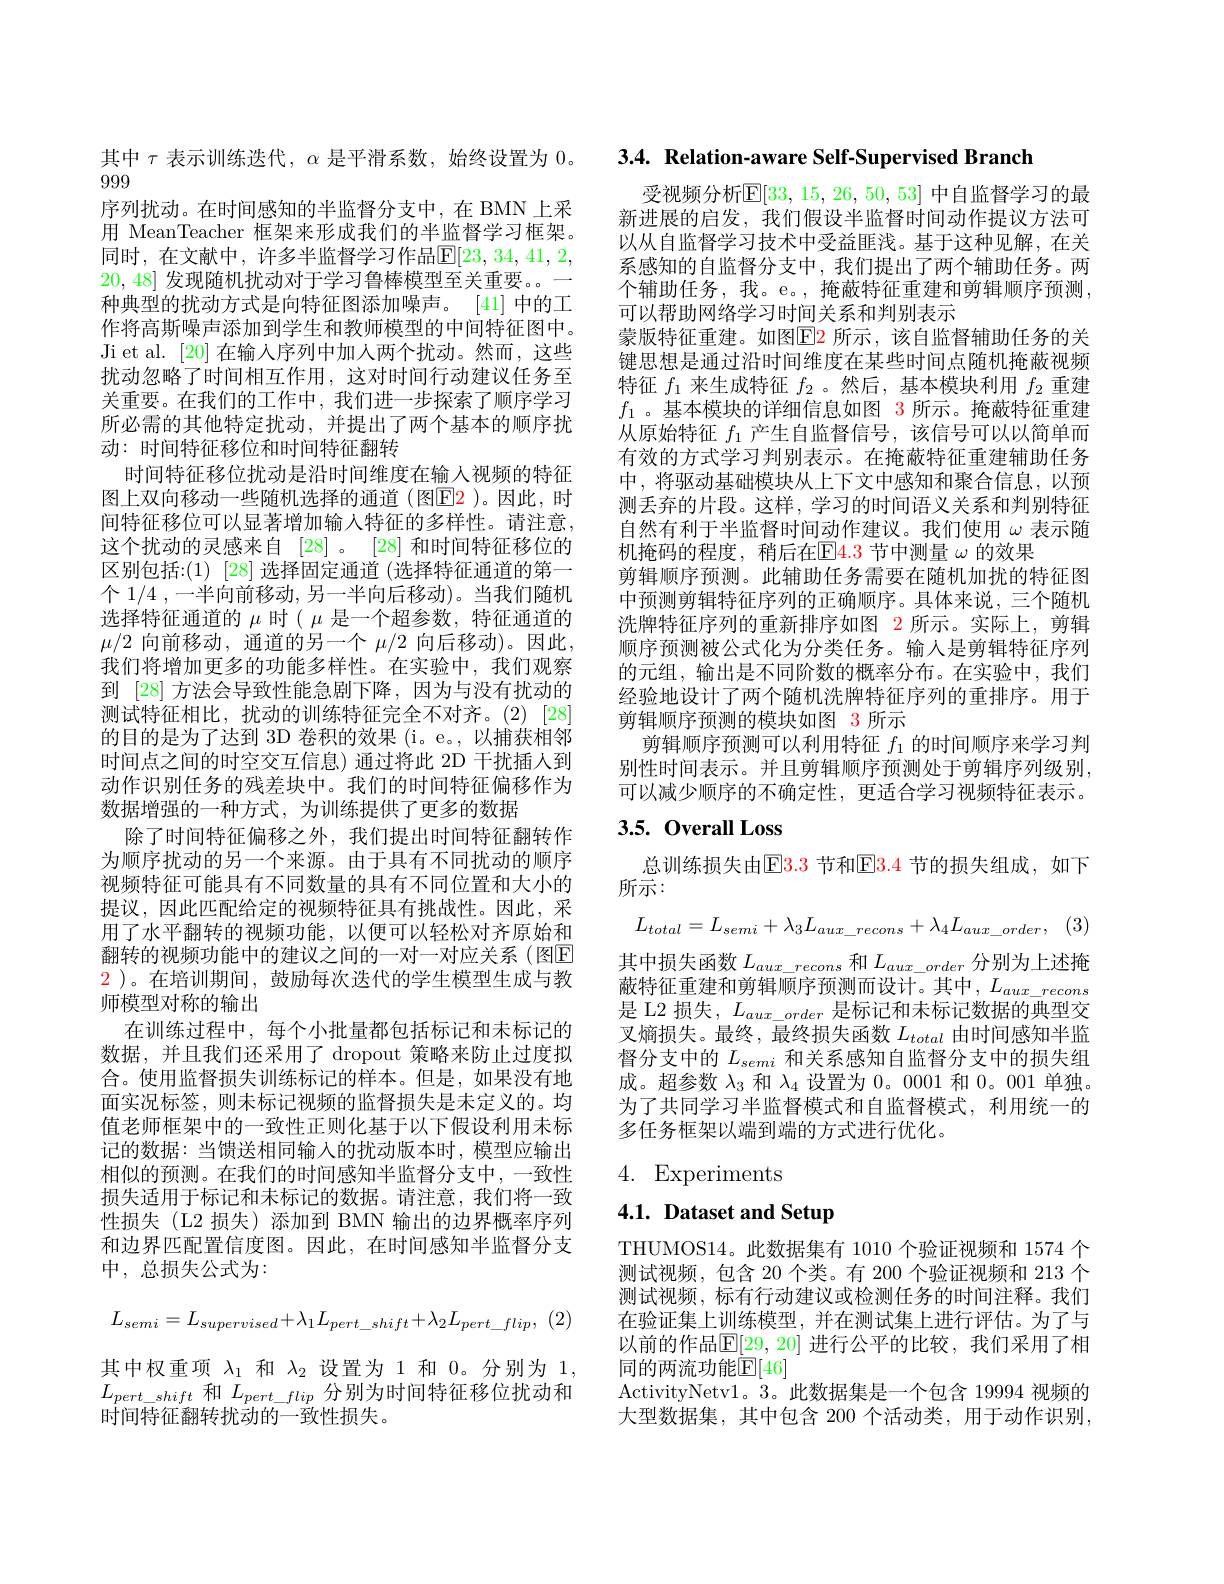
999
序列扰动。在时间感知的半监督分支中，在 BMN 上采用 MeanTeacher 框架来形成我们的半监督学习框架。同时，在文献中，许多半监督学习作品$\overline{\mathrm{E}}[23,34,41,2$, 20, 48]发现随机扰动对于学习鲁棒模型至关重要。一种典型的扰动方式是向特征图添加噪声。[41]中的工作将高斯噪声添加到学生和教师模型的中间特征图中。Ji et al. [20] 在输入序列中加人两个扰动。然而，这些扰动忽略了时间相互作用，这对时间行动建议任务至关重要。在我们的工作中，我们进一步探索了顺序学习所必需的其他特定扰动，并提出了两个基本的顺序扰动：时间特征移位和时间特征翻转
时间特征移位扰动是沿时间维度在输人视频的特征图上双向移动一些随机选择的通道(图$\color{red}{\mathrm{E}}\color{blue}{\mathrm{E}}\color{red}{\mathrm{E}}\color{red}{\mathrm{E}}\color{red}{\mathrm{E}}\color{red}{\mathrm{E}}\color{red}{\mathrm{E}}\color{red}{\mathrm{E}}\color{red}{\mathrm{E}}\color{red}{\mathrm{E}}\color{red}{\mathrm{E}}\color\color{red}{\mathrm{E}}{\mathrm{E}}\color{red}{\mathrm{E}}\color{red}{\mathrm{E}}\color{red}{\mathrm{E}}\color{red}{\mathrm{E}}\color{red}{\mathrm{E}}\color{red}{\mathrm{E}}\color{red}{\mathrm{E}}\color{red}{\mathrm{E}}\color(\mathrm{E}{\mathrm{E}$ 间特征移位可以显著增加输入特征的多样性。请注意， 这个扰动的灵感来自[28] 。[28]和时间特征移位的区别包括：(1) [28] 选择固定通道 (选择特征通道的第一个 1/4 ,一半向前移动，另一半向后移动)。当我们随机选择特征通道的$\mu$时( $\mu$是一个超参数，特征通道的$\mu/2$向前移动，通道的另一个$\mu/2$向后移动)。因此， 我们将增加更多的功能多样性。在实验中，我们观察到 [28] 方法会导致性能急剧下降，因为与没有扰动的测试特征相比，扰动的训练特征完全不对齐。(2)[28] 的目的是为了达到 3D 卷积的效果 (i。e。,以捕获相邻时间点之间的时空交互信息) 通过将此 2D 干扰插人到动作识别任务的残差块中。我们的时间特征偏移作为数据增强的一种方式，为训练提供了更多的数据
除了时间特征偏移之外，我们提出时间特征翻转作为顺序扰动的另一个来源。由于具有不同扰动的顺序视频特征可能具有不同数量的具有不同位置和大小的提议，因此匹配给定的视频特征具有挑战性。因此，采用了水平翻转的视频功能，以便可以轻松对齐原始和翻转的视频功能中的建议之间的一对一对应关系(图E $\color{red}2$ )。在培训期间，鼓励每次迭代的学生模型生成与教师模型对称的输出
在训练过程中，每个小批量都包括标记和未标记的数据，并且我们还采用了 dropout 策略来防止过度拟合。使用监督损失训练标记的样本。但是，如果没有地面实况标签，则未标记视频的监督损失是未定义的。均值老师框架中的一致性正则化基于以下假设利用未标记的数据：当馈送相同输入的扰动版本时，模型应输出相似的预测。在我们的时间感知半监督分支中，一致性损失适用于标记和未标记的数据。请注意，我们将一致性损失(L2 损失)添加到 BMN 输出的边界概率序列和边界匹配置信度图。因此，在时间感知半监督分支中，总损失公式为：
$$L_{semi}=L_{supervised}+\lambda_{1}L_{pert_shift}+\lambda_{2}L_{pert_flip},$$
其中权重项$\lambda_1$和$\lambda_2$设置为 1 和 0。分别为 1, $L_{pert\_shift}$和$L_{pert\_flip}$分别为时间特征移位扰动和时间特征翻转扰动的一致性损失。

其中$\tau$表示训练迭代，$\alpha$是平滑系数，始终设置为0。3.4. Relation-aware Self-Supervised Branch

受视频分析$\mathbb{E}[33,15,26,50,53]$ 中自监督学习的最新进展的启发，我们假设半监督时间动作提议方法可以从自监督学习技术中受益匪浅。基于这种见解，在关系感知的自监督分支中，我们提出了两个辅助任务。两个辅助任务，我。e。,掩蔽特征重建和剪辑顺序预测， 可以帮助网络学习时间关系和判别表示
蒙版特征重建。如图$\color{red}{\mathrm{E}}\color{blue}{\mathrm{E}}\color{red}{\mathrm{E}}\color{blue}{\mathrm{E}}\color{blue}{\mathrm{E}}\color{blue}{\mathrm{E}}\color{blue}{\mathrm{E}}\color{blue}{\mathrm{E}}\color{blue}{\mathrm{E}}\color{blue}{\mathrm{E}}\color{blue}{\mathrm{E}}\color{blua}{\mathrm{E}}\color{blue}{\mathrm{E}}\color{blue}{\mathrm{E}}\color{blue}{\mathrm{E}}\color{blue}{\mathrm{E}}\color{blue}{\mathrm{E}}\color{blue}{\mathrm{E}}\color{blue}{\mathrm{E}}\color{blure}{\mathrm{E}}\color{blu}$ 键思想是通过沿时间维度在某些时间点随机掩蔽视频特征$f_1$来生成特征$f_2$ 。然后，基本模块利用$f_2$重建$f_1$ 。基本模块的详细信息如图 3 所示。掩蔽特征重建从原始特征$f_1$产生自监督信号，该信号可以以简单而有效的方式学习判别表示。在掩蔽特征重建辅助任务中，将驱动基础模块从上下文中感知和聚合信息，以预测丢弃的片段。这样，学习的时间语义关系和判别特征自然有利于半监督时间动作建议。我们使用$\omega$表示随机掩码的程度，稍后在$\mathbb{E}\color{red}{4.3}$节中测量$\omega$ 的效果
剪辑顺序预测。此辅助任务需要在随机加扰的特征图中预测剪辑特征序列的正确顺序。具体来说，三个随机洗牌特征序列的重新排序如图 2 所示。实际上，剪辑顺序预测被公式化为分类任务。输入是剪辑特征序列的元组，输出是不同阶数的概率分布。在实验中，我们经验地设计了两个随机洗牌特征序列的重排序。用于剪辑顺序预测的模块如图 3 所示
剪辑顺序预测可以利用特征$f_1$的时间顺序来学习判别性时间表示。并且剪辑顺序预测处于剪辑序列级别， 可以减少顺序的不确定性，更适合学习视频特征表示。

## 3.5.0verall Loss

总训练损失由E3.3 节和E3.4 节的损失组成，如下
所示：
$$L_{total}=L_{semi}+\lambda_{3}L_{aux_recons}+\lambda_{4}L_{aux_order},$$
其中损失函数$L_aux\_recons$和$L_{aux\_order}$分别为上述掩蔽特征重建和剪辑顺序预测而设计。其中，$L_aux\_recons$ 是 L2 损失，$L_{aux\_order}$是标记和未标记数据的典型交叉熵损失。最终，最终损失函数$L_{total}$由时间感知半监督分支中的$L_{semi}$和关系感知自监督分支中的损失组成。超参数$\lambda_3$和$\lambda_4$设置为0。0001和0。001单独。为了共同学习半监督模式和自监督模式，利用统一的多任务框架以端到端的方式进行优化。

# 4. Experiments

4.1. Dataset and Setup

THUMOS14。此数据集有 1010 个验证视频和 1574 个测试视频，包含 20 个类。有 200 个验证视频和 213 个测试视频，标有行动建议或检测任务的时间注释。我们在验证集上训练模型，并在测试集上进行评估。为了与以前的作品$\mathbb{E}[29,20]$ 进行公平的比较，我们采用了相同的两流功能$\mathbb{E}[46]$
ActivityNetv1。3。此数据集是一个包含 19994 视频的大型数据集，其中包含 200 个活动类，用于动作识别，